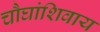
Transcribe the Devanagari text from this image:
चौघांशिवाय